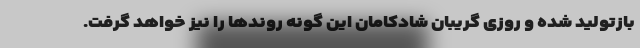
بازتولید شده و روزی گریبان شادکامان این گونه روندها را نیز خواهد گرفت.